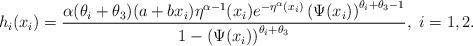
LaTeX: \begin{align*}h_{i}(x_{i})=\frac{\alpha (\theta _{i}+\theta _{3})(a+bx_{i})\eta ^{\alpha-1}(x_{i})e^{-\eta ^{\alpha }(x_{i})}\left( \Psi (x_{i})\right) ^{\theta_{i}+\theta _{3}-1}}{1-\left( \Psi (x_{i})\right) ^{\theta _{i}+\theta _{3}}},\ i=1,2.\end{align*}